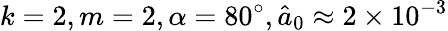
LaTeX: k=2,m=2,\alpha=80^{\circ},\hat{a}_{0}\approx 2\times 10^{-3}